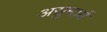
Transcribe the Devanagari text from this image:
असुधार्य